画像に写った文字を読んでください
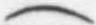
「(」と書いてあります